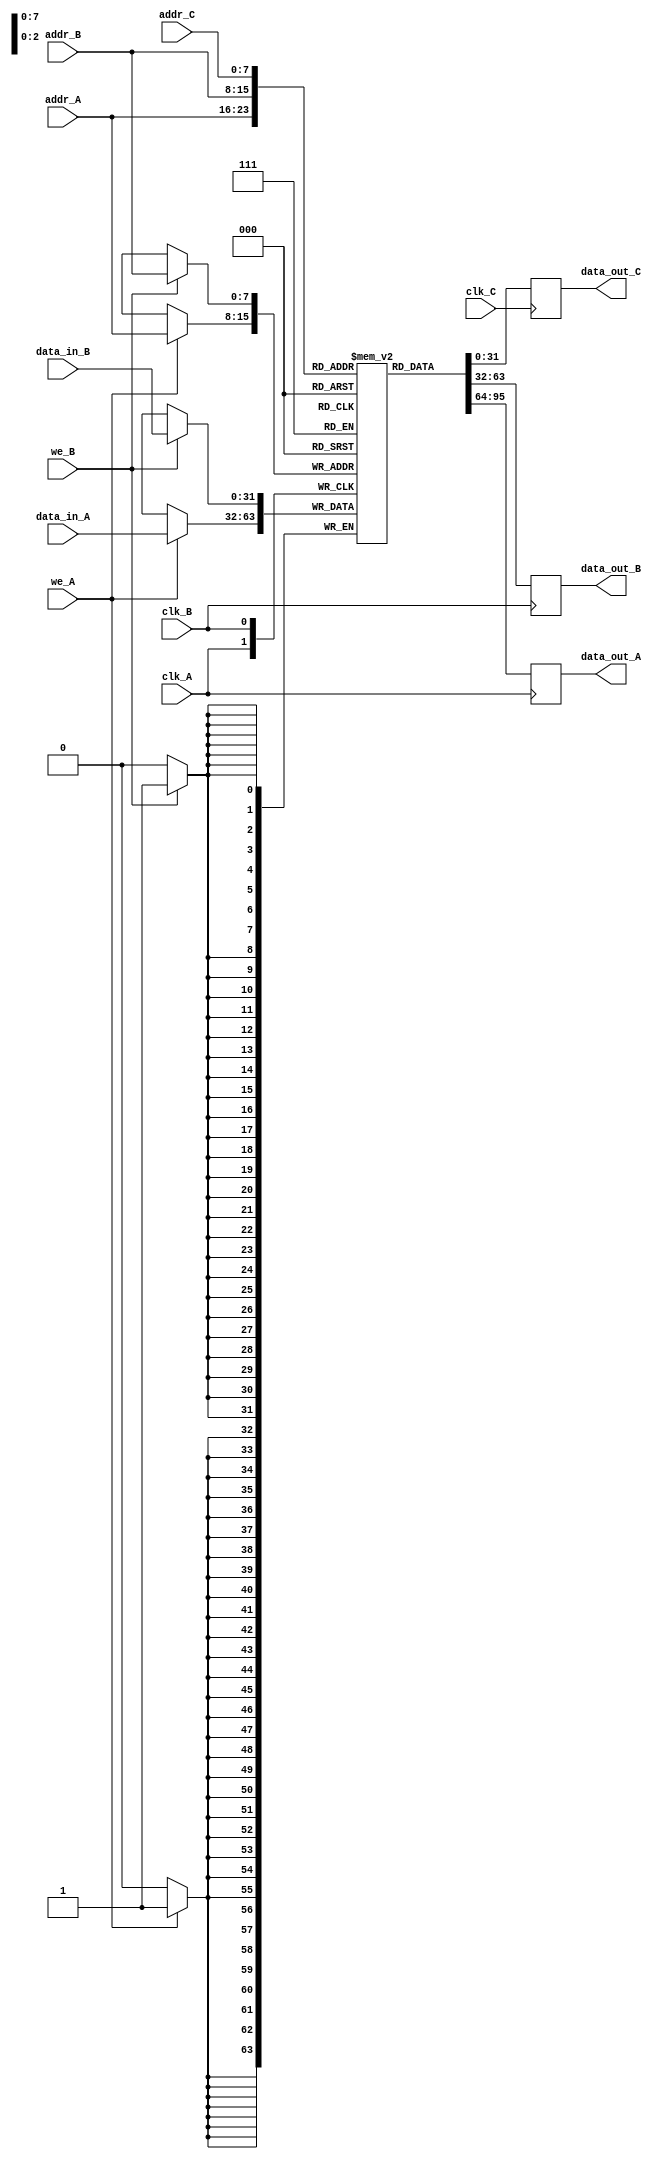
module triple_port_ram #(
    parameter DATA_WIDTH = 32,     // Data width
    parameter ADDR_WIDTH = 8       // Address width (2^ADDR_WIDTH entries)
) (
    // Port A
    input                  clk_A,
    input                  we_A,
    input  [ADDR_WIDTH-1:0] addr_A,
    input  [DATA_WIDTH-1:0] data_in_A,
    output reg [DATA_WIDTH-1:0] data_out_A,

    // Port B
    input                  clk_B,
    input                  we_B,
    input  [ADDR_WIDTH-1:0] addr_B,
    input  [DATA_WIDTH-1:0] data_in_B,
    output reg [DATA_WIDTH-1:0] data_out_B,

    // Port C
    input                  clk_C,
    input  [ADDR_WIDTH-1:0] addr_C,
    output reg [DATA_WIDTH-1:0] data_out_C
);

    // Memory declaration
    reg [DATA_WIDTH-1:0] ram [0:(1<<ADDR_WIDTH)-1];

    // Port A Operations
    always @(posedge clk_A) begin
        if (we_A) begin
            ram[addr_A] <= data_in_A; // Write data to memory
        end
        // Read data from memory
        data_out_A <= ram[addr_A]; 
    end

    // Port B Operations
    always @(posedge clk_B) begin
        if (we_B) begin
            ram[addr_B] <= data_in_B; // Write data to memory
        end
        // Read data from memory
        data_out_B <= ram[addr_B];
    end

    // Port C Operations
    always @(posedge clk_C) begin
        // Read data from memory
        data_out_C <= ram[addr_C];
    end

endmodule